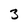
Character: 3